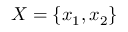
X = \{ x _ { 1 } , x _ { 2 } \}